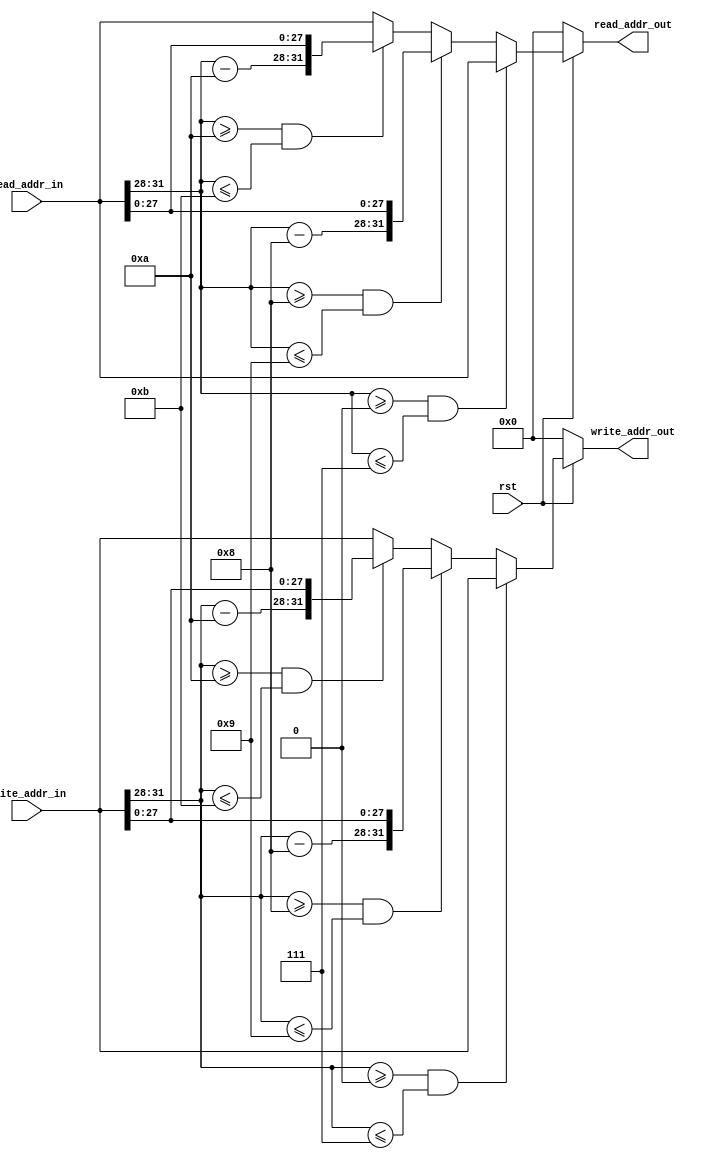
// This program was cloned from: https://github.com/ustb-owl/Uranus
// License: GNU General Public License v3.0

`timescale 1ns / 1ps

`define IN_RANGE(v, l, u) v[31:28] >= (l) && v[31:28] <= (u)

module MMU(
    input rst,
    input [31:0] read_addr_in,
    input [31:0] write_addr_in,
    output reg[31:0] read_addr_out,
    output reg[31:0] write_addr_out
);

    always @(*) begin
        if (!rst) begin
            read_addr_out <= 0;
        end
        else begin
            if (`IN_RANGE(read_addr_in, 4'h0, 4'h7)) begin
                read_addr_out <= read_addr_in;
            end
            else if (`IN_RANGE(read_addr_in, 4'h8, 4'h9)) begin
                read_addr_out <= {read_addr_in[31:28] - 4'h8, read_addr_in[27:0]};
            end
            else if (`IN_RANGE(read_addr_in, 4'ha, 4'hb)) begin
                read_addr_out <= {read_addr_in[31:28] - 4'ha, read_addr_in[27:0]};
            end
            else if (`IN_RANGE(read_addr_in, 4'hc, 4'hd)) begin
                read_addr_out <= read_addr_in;
            end
            else begin   // 32'he000_0000, 32'hffff_ffff
                read_addr_out <= read_addr_in;
            end
        end
    end

    always @(*) begin
        if (!rst) begin
            write_addr_out <= 0;
        end
        else begin
            if (`IN_RANGE(write_addr_in, 4'h0, 4'h7)) begin
                write_addr_out <= write_addr_in;
            end
            else if (`IN_RANGE(write_addr_in, 4'h8, 4'h9)) begin
                write_addr_out <= {write_addr_in[31:28] - 4'h8, write_addr_in[27:0]};
            end
            else if (`IN_RANGE(write_addr_in, 4'ha, 4'hb)) begin
                write_addr_out <= {write_addr_in[31:28] - 4'ha, write_addr_in[27:0]};
            end
            else if (`IN_RANGE(write_addr_in, 4'hc, 4'hd)) begin
                write_addr_out <= write_addr_in;
            end
            else begin   // 32'he000_0000, 32'hffff_ffff
                write_addr_out <= write_addr_in;
            end
        end
    end

endmodule // MMU